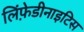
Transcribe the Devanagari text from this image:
लिंफ़ेडीनाइटिस